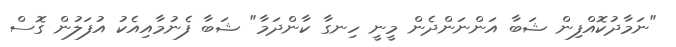
"ނަމާދުކޮއްފިން ޝަބާ އަންނަންދެން މީނީ ހިނގާ ކާންދަމާ" ޝަބާ ފެނުމާއިއެކު އުފަލުން ގޮސް